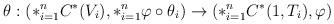
LaTeX: \begin{align*}\theta : (*_{i=1}^n C^*(V_i), *_{i=1}^n \varphi\circ\theta_i) \rightarrow (*_{i=1}^n C^*(1,T_i), \varphi)\end{align*}